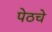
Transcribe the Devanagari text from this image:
पेठचे